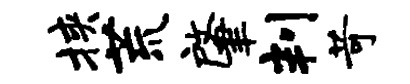
挟荒肇判苛